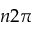
n 2 \pi